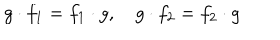
g \cdot f _ { 1 } = f _ { 1 } \cdot g , \quad g \cdot f _ { 2 } = f _ { 2 } \cdot g